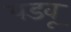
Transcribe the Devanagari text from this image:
पडवू